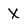
Character: x